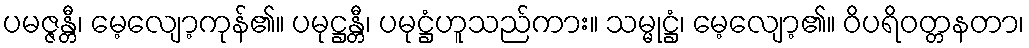
ပမဇ္ဇန္တီ၊ မေ့လျော့ကုန်၏။ ပမုဋ္ဌန္တီ၊ ပမုဋ္ဌံဟူသည်ကား။ သမ္မုဋ္ဌံ၊ မေ့လျော့၏။ ဝိပရိဝတ္တနတာ၊